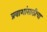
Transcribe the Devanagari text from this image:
प्रवाशांसाठीचा